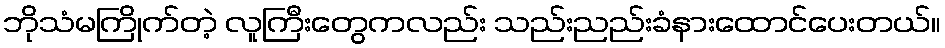
ဘိုသံမကြိုက်တဲ့ လူကြီးတွေကလည်း သည်းညည်းခံနားထောင်ပေးတယ်။